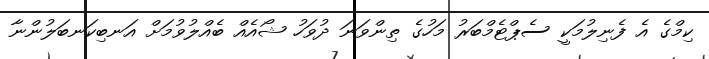
ކިމްގެ އެ ފެނިލުމަކީ ސެޕްޓެމްބަރު މަހުގެ ތިންވަނަ ދުވަހު ޝޯއެއް ބެއްލުވުމަށް އަނބިކަނބަލުންނާ